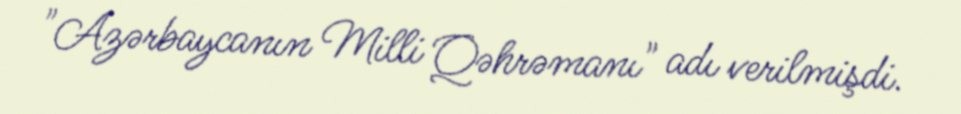
"Azərbaycanın Milli Qəhrəmanı" adı verilmişdi.